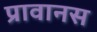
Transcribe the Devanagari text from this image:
प्रावानस